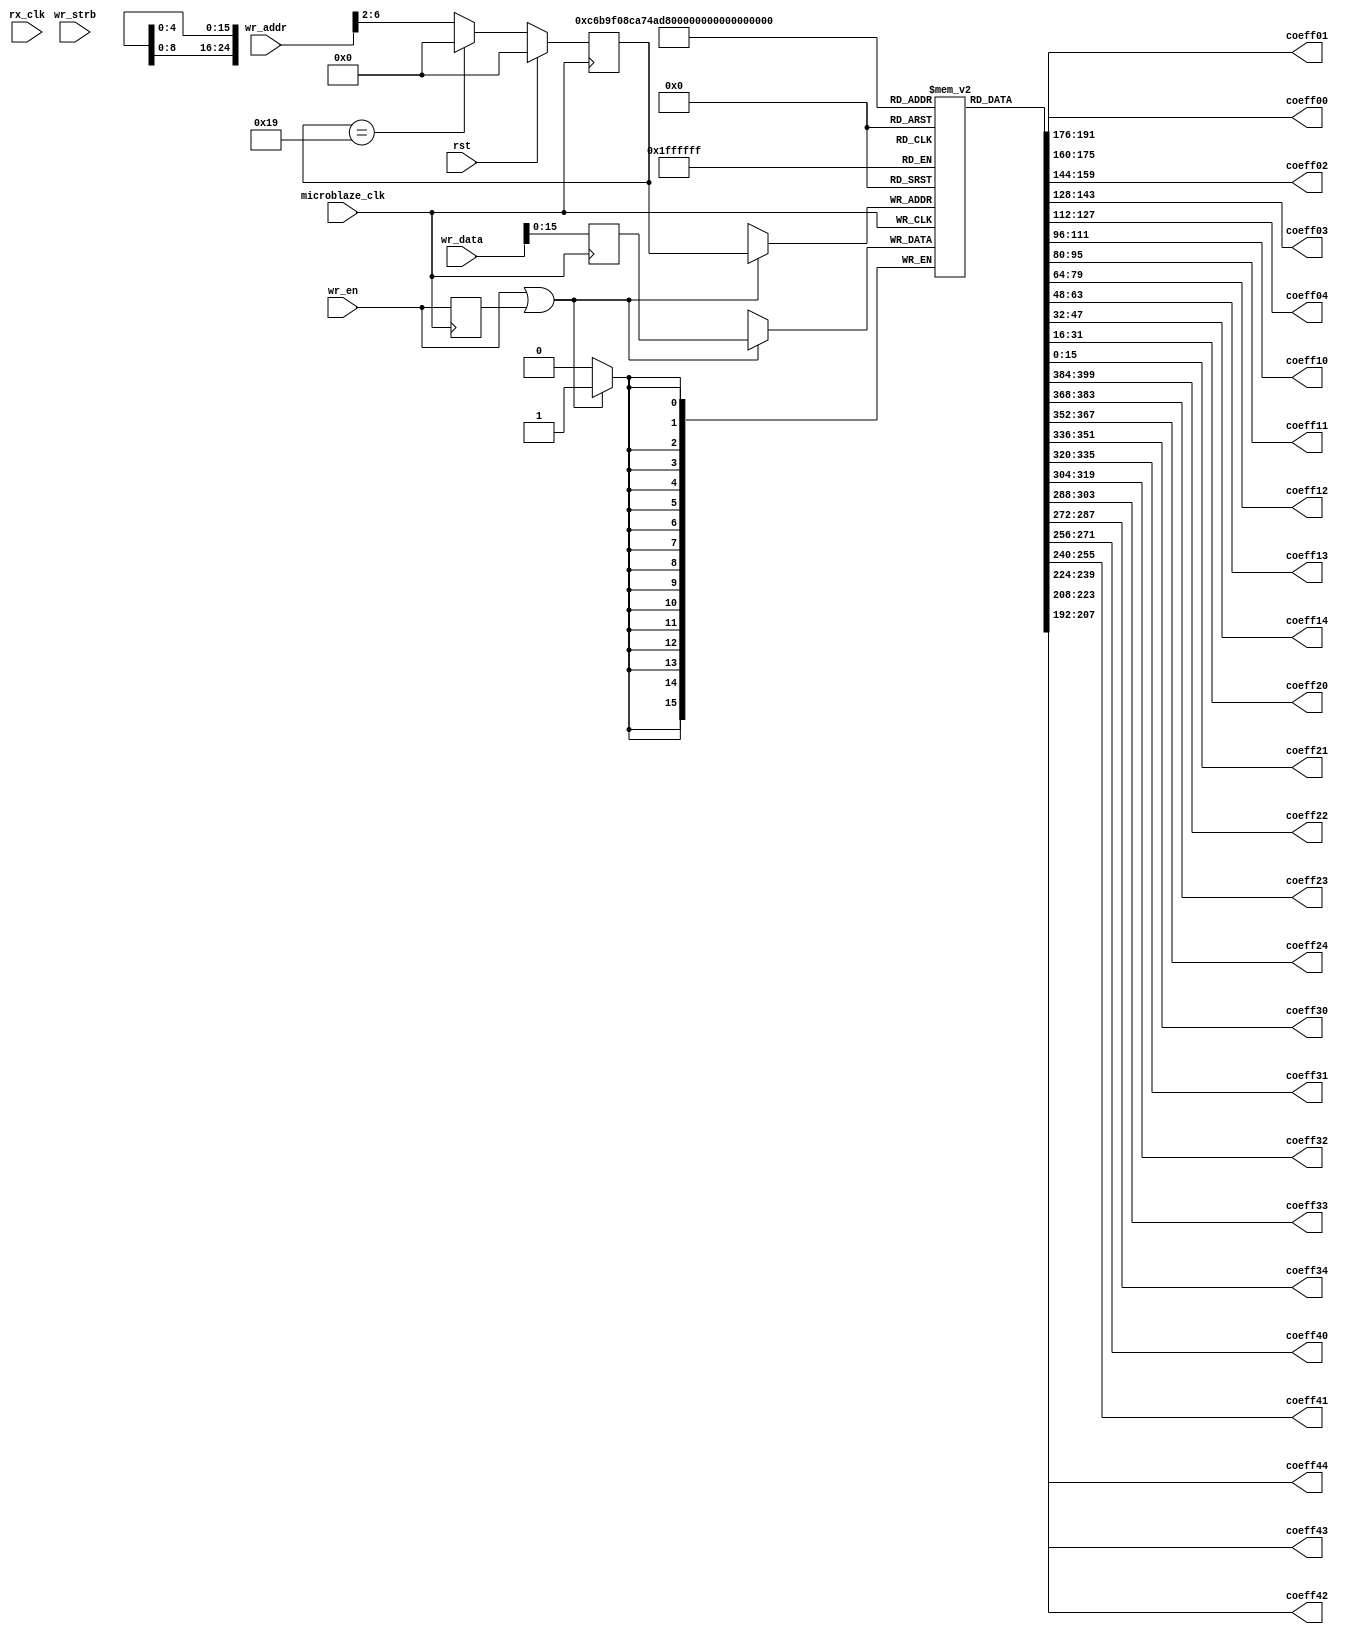
`timescale 1ns / 1ps
//////////////////////////////////////////////////////////////////////////////////
// Company: 
// Engineer: 
// 
// Design Name: 
// Module Name: axi_data2coeff
// Project Name: 
// Target Devices: 
// Tool Versions: 
// Description: 
// 
// Dependencies: 
// 
// Revision:
// Revision 0.01 - File Created
// Additional Comments:
// 
//////////////////////////////////////////////////////////////////////////////////


module axi_data2coeff(
    input rx_clk,
    input microblaze_clk,
    input rst,
    
    //Regiszter ?r?si interf?sz.
    input  [7:0]           wr_addr,
    input                  wr_en, 
    input  [31:0]          wr_data,
    input  [3:0]           wr_strb,

    output signed [15:0] coeff00, coeff01, coeff02, coeff03, coeff04,
    output signed [15:0] coeff10, coeff11, coeff12, coeff13, coeff14,
    output signed [15:0] coeff20, coeff21, coeff22, coeff23, coeff24,
    output signed [15:0] coeff30, coeff31, coeff32, coeff33, coeff34,
    output signed [15:0] coeff40, coeff41, coeff42, coeff43, coeff44
    );
    
reg signed [15:0] coeff [24:0];
integer i;
initial
begin
    for(i=0;i<25;i=i+1)
        coeff[i] <= 0;
end

reg [31:0] wr_data_dly;
reg wr_en_dly;
always @(posedge microblaze_clk)
begin
    wr_data_dly <= wr_data;
    wr_en_dly <= wr_en;
end

// Converting byte adressing into word adressing 32 bit;
reg [4:0] coeff_addr;
reg [4:0] cntr;
always @(posedge microblaze_clk)
begin
    if(rst)
    begin
        coeff_addr <= 0;
        cntr <= 0;
    end
    else
    begin
        coeff_addr <= wr_addr >> 2;
        if (coeff_addr == 25)
        begin
            coeff_addr <= 0;
            cntr <= 0;
        end  
    end
end

always @(posedge microblaze_clk)
begin
    if (wr_en | wr_en_dly)
        coeff[coeff_addr] <= wr_data_dly[15:0];

end


assign coeff00 = coeff[0];
assign coeff01 = coeff[1];
assign coeff02 = coeff[2];
assign coeff03 = coeff[3];
assign coeff04 = coeff[4];

assign coeff10 = coeff[5];
assign coeff11 = coeff[6];
assign coeff12 = coeff[7];
assign coeff13 = coeff[8];
assign coeff14 = coeff[9];

assign coeff20 = coeff[10];
assign coeff21 = coeff[11];
assign coeff22 = coeff[12];
assign coeff23 = coeff[13];
assign coeff24 = coeff[14];

assign coeff30 = coeff[15];
assign coeff31 = coeff[16];
assign coeff32 = coeff[17];
assign coeff33 = coeff[18];
assign coeff34 = coeff[19];

assign coeff40 = coeff[20];
assign coeff41 = coeff[21];
assign coeff42 = coeff[22];
assign coeff43 = coeff[23];
assign coeff44 = coeff[24];

endmodule